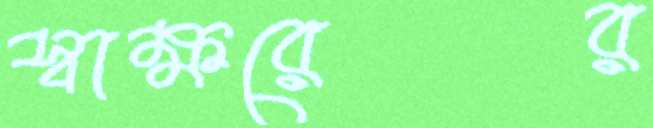
স্বাক্ষরের